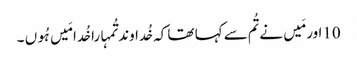
10اور مَیں نے تُم سے کہا تھا کہ خُداوند تُمہارا خُدا مَیں ہُوں ۔